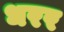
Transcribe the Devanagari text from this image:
धरर